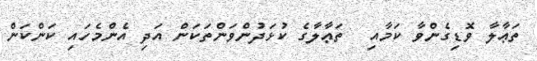
ތަޢާލާ ވޮޑިގެންވާ ކަމާއި  ތަޢާލާގެ ކުޅަދުންވަންތަކަން އަދި އެންމެހައި ކަންކަން